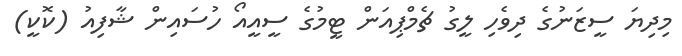
މިދިޔަ ސީޒަނުގެ ދިވެހި ލީގު ޗެމްޕިއަން ޓީމުގެ ސީއީއޯ ހުސައިން ޝާފިއު (ކޮކީ)